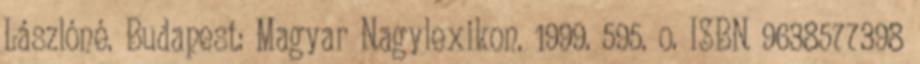
Lászlóné. Budapest: Magyar Nagylexikon. 1999. 595. o. ISBN 9638577398